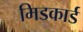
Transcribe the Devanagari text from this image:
मिडकार्ड